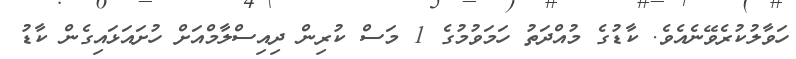
ހަވާލުކުރެވޭނެއެވެ. ކާޑުގެ މުއްދަތު ހަމަވުމުގެ 1 މަސް ކުރިން ދިއިސްލާމްއަށް ހުށައަޅައިގެން ކާޑު